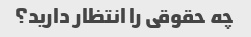
چه حقوقی را انتظار دارید؟